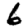
Digit: 6